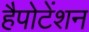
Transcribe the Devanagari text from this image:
हैपोटेंशन